Report on vaccination in the Province of Bengal - 1874-1889
Year: 1874
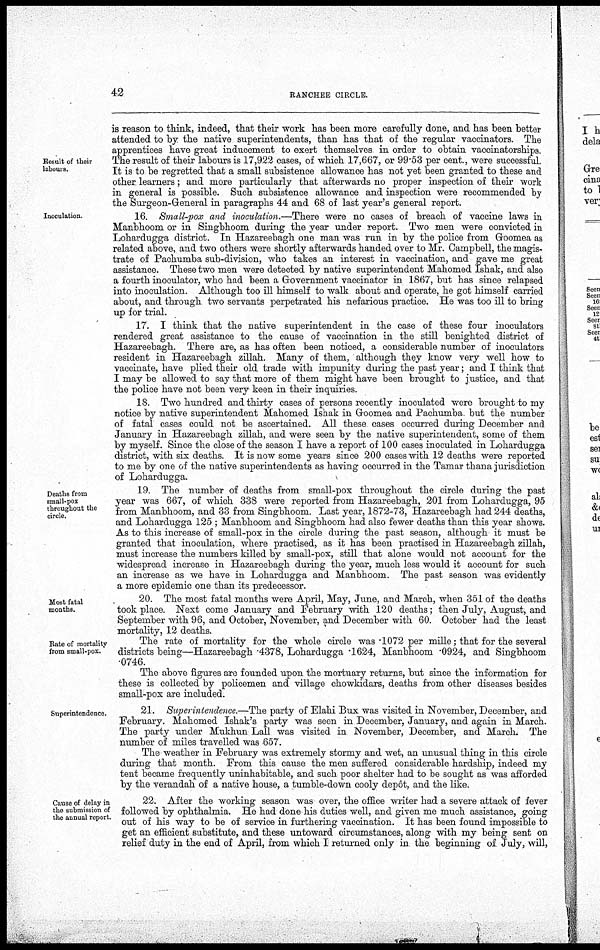
42
RANCHEE CIRCLE.
Result of their
labours.
is reason to think, indeed, that their work has been more carefully done, and has been better
attended to by.the native superintendents, than has that of the regular vaccinators. The
apprentices have great inducement to exert themselves in order to obtain vaccinatorships.
The result of their labours is 17,922 cases, of which 17,667, or 99.53 per cent., were successful.
It is to be regretted that a small subsistence allowance has not yet been granted to these and
other learners; and more particularly that afterwards no proper inspection of their work
in general is possible. Such subsistence allowance and inspection were recommended by
the Surgeon-General in paragraphs 44 and 68 of last year's general report.
Inoculation.
16. Small-pox and inoculation.—There were no cases of breach of vaccine laws in
Manbhoom or in Singbhoom during the year under report. Two men were convicted in
Lohardugga district. In Hazareebagh one man was run in by the police from Goomea as
related above, and two others were shortly afterwards handed over to Mr. Campbell, the magis-
trate of Pachumba sub-division, who takes an interest in vaccination, and gave me great
assistance. These two men were detected by native superintendent Mahomed Ishak, and also
a fourth inoculator, who had been a Government vaccinator in 1867, but has since relapsed
into inoculation. Although too ill himself to walk about and operate, he got himself carried
about, and through two servants perpetrated his nefarious practice. He was too ill to bring
up for trial.
17. I think that the native superintendent in the case of these four inoculators
rendered great assistance to the cause of vaccination in the still benighted district of
Hazareebagh. There are, as has often been noticed, a considerable number of inoculators
resident in Hazareebagh zillah. Many of them, although they know very well how to
vaccinate, have plied their old trade with impunity during the past year; and I think that
I may be allowed to say that more of them might have been brought to justice, and that
the police have not been very keen in their inquiries.
18. Two hundred and thirty cases of persons recently inoculated were brought to my
notice by native superintendent Mahomed Ishak in Goomea and Pachumba but the number
of fatal cases could not be ascertained. All these cases occurred during December and
January in Hazareebagh zillah, and were seen by the native superintendent, some of them
by myself. Since the close of the season I have a report of 100 cases inoculated in Lohardugga
district, with six deaths. It is now some years since 200 cases with 12 deaths were reported
to me by one of the native superintendents as having occurred in the Tamar thana jurisdiction
of Lohardugga.
Deaths from
small-pox
throughout the
circle.
19. The number of deaths from small-pox throughout the circle during the past
year was 667, of which 338 were reported from Hazareebagh, 201 from Lohardugga, 95
from Manbhoom, and 33 from Singbhoom. Last year, 1872-73, Hazareebagh had 244 deaths,
and Lohardugga 125 ; Manbhoom and Singbhoom had also fewer deaths than this year shows.
As to this increase of small-pox in the circle during the past season, although it must be
granted that inoculation, where practised, as it has been practised in Hazareebagh zillah,
must increase the numbers killed by small-pox, still that alone would not account for the
widespread increase in Hazareebagh during the year, much less would it account for such
an increase as we have in Lohardugga and Manbhoom. The past season was evidently
a more epidemic one than its predecessor.
Most fatal
months.
20. The most fatal months were April, May, June, and March, when 351 of the deaths
took place. Next come January and February with 120 deaths; then July, August, and
September with 96, and October, November, and December with 60 October had the least
mortality, 12 deaths.
Rate of mortality
from small-pox.
The rate of mortality for the whole circle was .1072 per mille; that for the several
districts being—Hazareebagh .4378, Lohardugga .1624, Manbhoom .0924, and Singbhoom
.0746.
The above figures are founded upon the mortuary returns, but since the information for
these is collected by policemen and village chowkidars, deaths from other diseases besides
small-pox are included.
Superintendence.
21. Superintendence.—The party of Elahi Bux was visited in November, December, and
February. Mahomed Ishak's party was seen in December, January, and again in March.
The party under Mukhun Lall was visited in November, December, and March. The
number of miles travelled was 657.
The weather in February was extremely stormy and wet, an unusual thing in this circle
during that month. From this cause the men suffered considerable hardship, indeed my
tent became frequently uninhabitable, and such poor shelter had to be sought as was afforded
by the verandah of a native house, a tumble-down cooly depôt, and the like.
Cause of delay in
the submission of
the annual report.
22. After the working season was over, the office writer had a severe attack of fever
followed by ophthalmia. He had done his duties well, and given me much assistance, going
out of his way to be of service in furthering vaccination. It has been found impossible to
get an efficient substitute, and these untoward circumstances, along with my being sent on
relief duty in the end of April, from which I returned only in, the beginning of July, will,